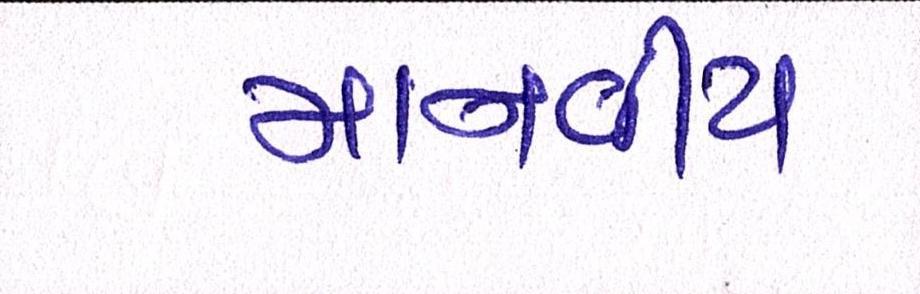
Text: માનવીય